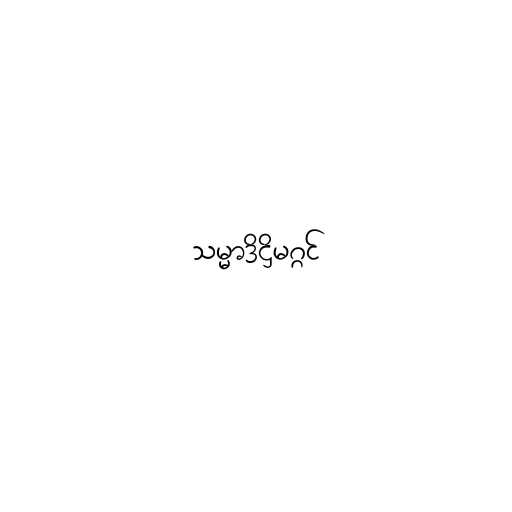
သမ္မာဒိဋ္ဌိမဂ္ဂင်